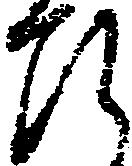
ひ